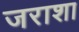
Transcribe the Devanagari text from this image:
जराशा